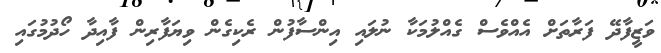
ވަޒީފާދޭ ފަރާތަށް އެއްވެސް ގެއްލުމަކާ ނުލައި އިންސާފުން ރެކިގެން ވިޔަފާރިން ފާއިދާ ހޯދުމުގައި